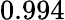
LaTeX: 0.994